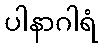
ပါနာဂါရံ